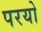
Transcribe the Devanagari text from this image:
परयो